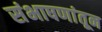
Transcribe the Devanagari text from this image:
संभाषणांतून